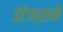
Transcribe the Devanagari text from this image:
इंटेक्सने